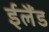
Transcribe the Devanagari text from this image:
ईलैंड